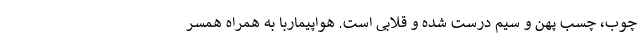
چوب، چسب پهن و سیم درست شده و قلابی است. هواپیماربا به همراه همسر